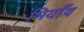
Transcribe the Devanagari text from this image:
भियाँव